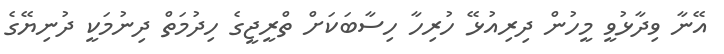
އޭނާ ވިދާޅުވީ މީހުން ދިރިއުޅޭ ހުރިހާ ހިސާބަކަށް ތްރީޖީގެ ހިދުމަތް ދިނުމަކީ ދުނިޔޭގެ